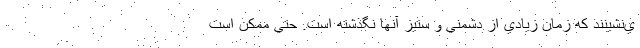
ي‌نشينند كه زمان زيادي از دشمني و ستيز آنها نگذشته است. حتي ممكن است